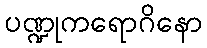
ပဏ္ဍုကရောဂိနော